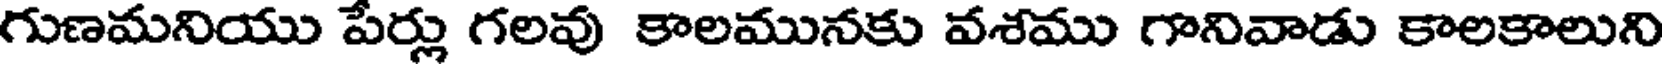
గుణమనియు పేర్లు గలవు కాలమునకు వశము గానివాడు కాలకాలుని